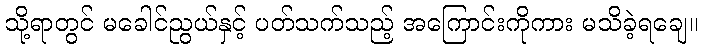
သို့ရာတွင် မခေါင်ညွယ်နှင့် ပတ်သက်သည့် အကြောင်းကိုကား မသိခဲ့ရချေ။